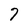
Character: 7